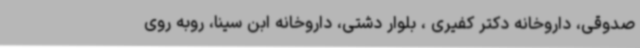
صدوقی، داروخانه دکتر کفیری ، بلوار دشتی، داروخانه ابن سینا، روبه روی